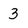
Character: 3